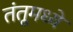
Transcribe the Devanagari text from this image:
तंतूमध्ये